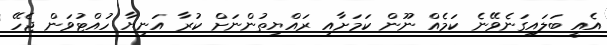
އެއީ ބަލައިގަނެވޭނެ ކަމެއް ނޫން ކަމަށާއި ރައްޔިތުންނަށް ކުރާ އަނިޔާ ހުއްޓުވަން ޖެހޭ